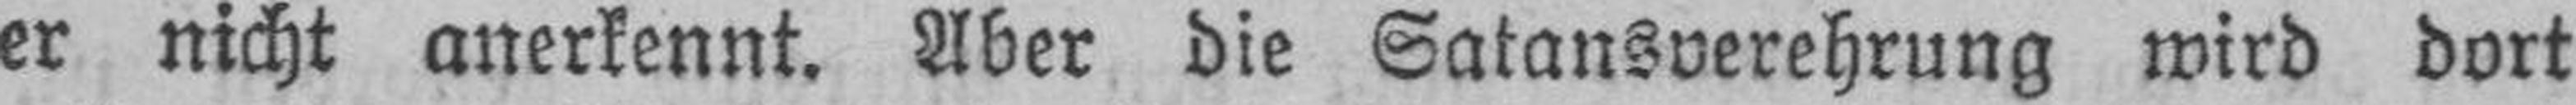
er nicht anerkennt. Aber die Satansverehrung wird dort